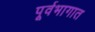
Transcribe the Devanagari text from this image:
पूर्वभागात